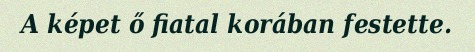
A képet ő fiatal korában festette.